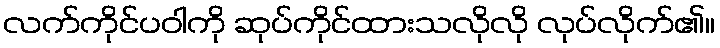
လက်ကိုင်ပဝါကို ဆုပ်ကိုင်ထားသလိုလို လုပ်လိုက်၏။